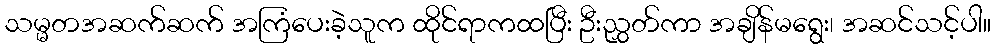
သမ္မတအဆက်ဆက် အကြံပေးခဲ့သူက ထိုင်ရာကထပြီး ဦးညွှတ်ကာ အချိန်မရွေး၊ အဆင်သင့်ပါ။